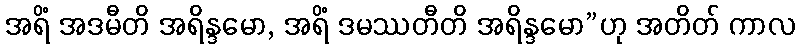
အရိံ အဒမီတိ အရိန္ဒမော, အရိံ ဒမဿတီတိ အရိန္ဒမော”ဟု အတိတ် ကာလ